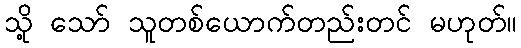
သို့ သော် သူတစ်ယောက်တည်းတင် မဟုတ်။